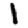
Digit: 1